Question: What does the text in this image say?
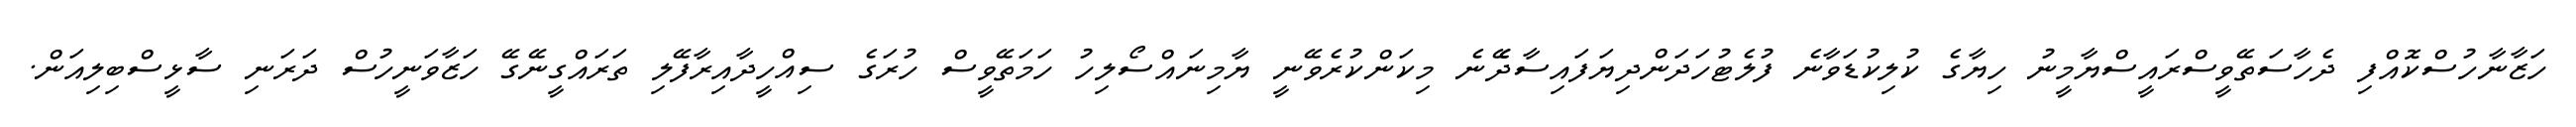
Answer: ހަޒާނާހުސްކޮއްފި ދެހާސަތޭވީސްރައީސްޔާމީނު ހިޔާގެ ކުލިކުޑަވާނެ ފުލެޓުހަދަންދިޔަފައިސާދޭެނެ މިކަންކުރެވޭނީ ޔާމިނައްސޯލިހު ހަމަތޭވީސް ހުރަގެ ސިއްހީދާއިރާފޭލި ތަރައްގީނޭގޭ ހަޒާވަނީހުސް ދަރަނި ސާޅީސްބިލިއަން.